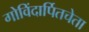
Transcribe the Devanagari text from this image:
गोविंदार्पितचेता